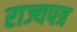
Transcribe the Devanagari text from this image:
राज्यपत्र